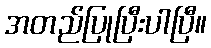
အတည်ပြုပြီးပါပြီ။